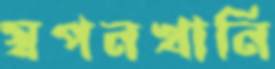
স্বপনখানি